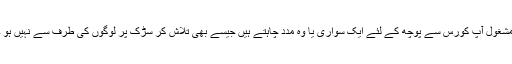
مشغول آپ کورس سے پوچھ کے لئے ایک سواری یا وہ مدد چاہتے ہیں جیسے بھی تلاش کر سڑک پر لوگوں کی طرف سے نہیں ہو ۔